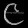
Digit: ၉